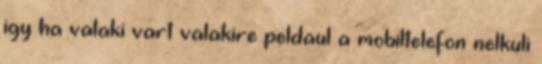
igy ha valaki vart valakire peldaul a mobiltelefon nelkuli